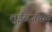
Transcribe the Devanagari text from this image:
लुईसजवळ